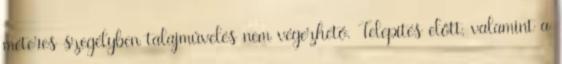
méteres szegélyben talajművelés nem végezhető. Telepítés előtt, valamint a